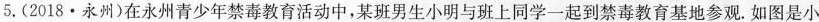
5.(2018·永州)在永州青少年禁毒教育活动中，某班男生小明与班上同学一起到禁毒教育基地参观。如图是小